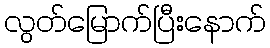
လွတ်မြောက်ပြီးနောက်